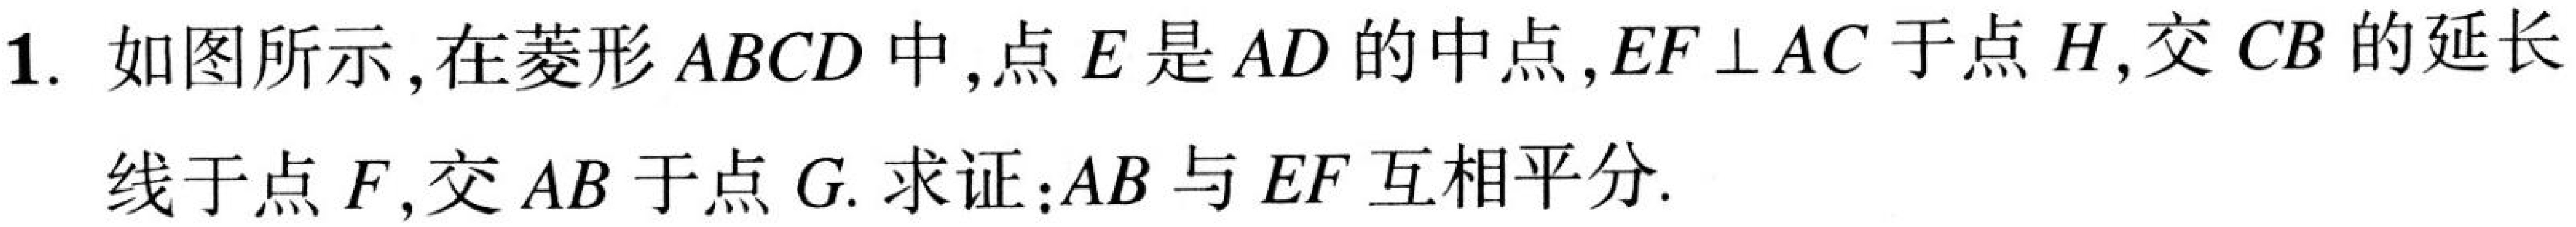
1. 如图所示，在菱形\(ABCD\)中，点\(E\)是\(AD\)的中点，\(EF\perp AC\)于点\(H\)，交\(CB\)的延长
线于点\(F\)，交\(AB\)于点\(G\). 求证：\(AB\)与\(EF\)互相平分.